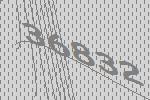
36832